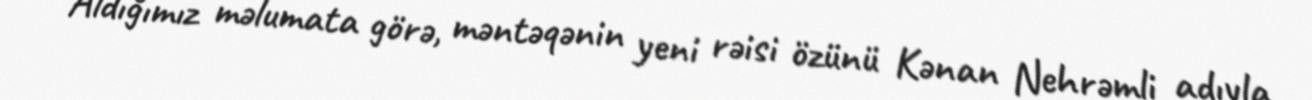
Aldığımız məlumata görə, məntəqənin yeni rəisi özünü Kənan Nehrəmli adıyla